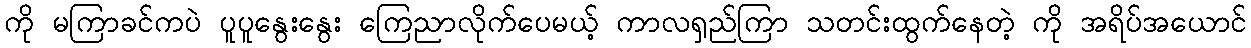
ကို မကြာခင်ကပဲ ပူပူနွေးနွေး ကြေညာလိုက်ပေမယ့် ကာလရှည်ကြာ သတင်းထွက်နေတဲ့ ကို အရိပ်အယောင်